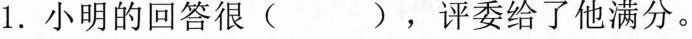
1.小明的回答很( )，评委给了他满分。